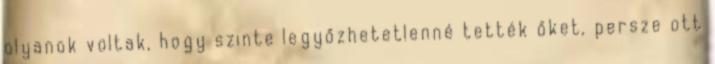
olyanok voltak, hogy szinte legyőzhetetlenné tették őket, persze ott